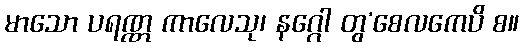
မာသော ပရဏ္ဏ ကာလေသု၊ နဂ္ဂေါ တွ’စေလကေပိ စ။